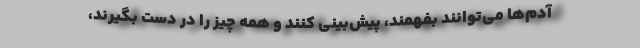
آدم‌ها می‌توانند بفهمند، پیش‌بینی کنند و همه چیز را در دست بگیرند،